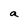
Character: a